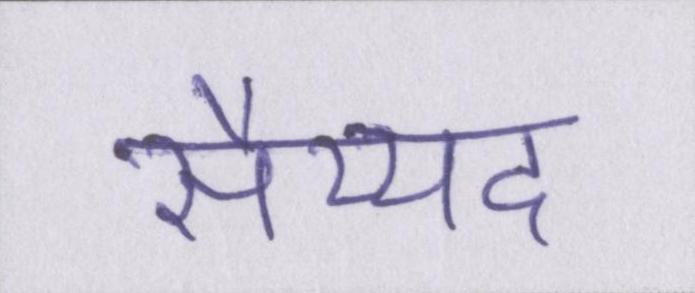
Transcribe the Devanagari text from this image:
सैय्यद